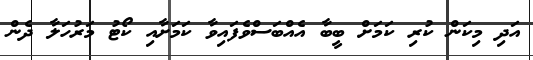
އަދި މިކަން ކުރި ކަމަށް ބީބާ އެއްބަސްވެފައިވާ ކަމަށާއި ކޯޓު މަރުހަލާ ދެން